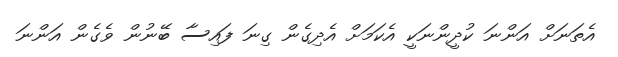
އެތަނަށް އަންނަ ކުދީންނަކީ އެކަމަށް އެދިގެން ގިނަ ފައިސާ ބޭނުން ވެގެން އަންނަ